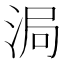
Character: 𬇴